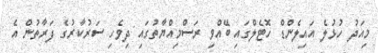
މިއަދު ހުޅުލެ އައިލެންޑް ހޮޓެލްގައި ބޭއްވި ރަސްމިއްޔާތުގައި ދިވެހި ސަރުކާރުގެ ފަރާތުން އެ